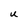
Character: U